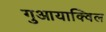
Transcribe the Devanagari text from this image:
गुआयाक्विल